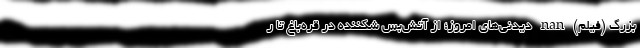
بزرگ (فیلم) nan دیدنی‌های امروز؛ از آتش‌بس شکننده در قره‌باغ تا ر